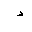
Letter: _dal